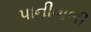
પાનીવાળી